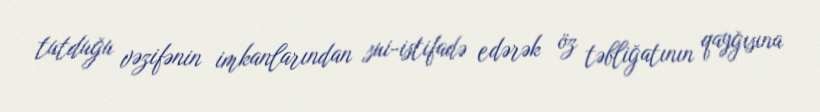
tutduğu vəzifənin imkanlarından sui-istifadə edərək öz təbliğatının qayğısına